Vaccination in Bombay 1874-1876 - 1874-1876
Year: 1874
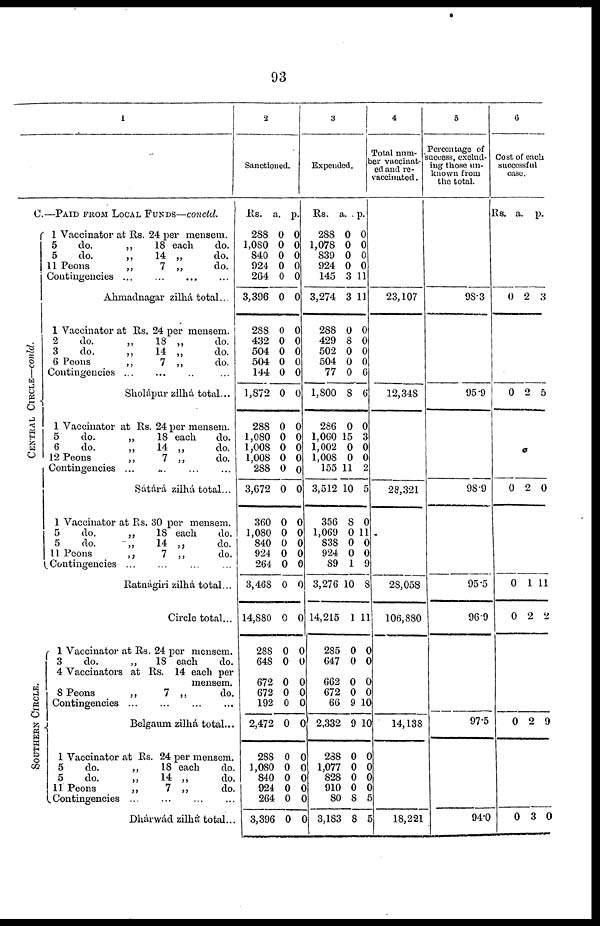
93
1
C.—PAID FROM LOCAL FUNDS—concld.
CENTRAL CIRCLE—conld.
SOUTHERN CIRCLE.
1 Vaccinator at Rs. 24 per mensem.
5
do.
„
18 each
do.
5
do.
„
14 „
do.
11 Peons
„
7 „
do.
Contingencies
...
...
...
...
Ahmadnagar zilhá total...
1 Vaccinator at Rs. 24 per mensem.
2
do.
„
18 „
do.
3
do.
„
14 „
do.
6 Peons
„
7 „
do.
Contingencies ... ... ... ...
Sholápur zilhá total...
1 Vaccinator at Rs. 24 per mensem.
5
do.
„
18 each
do.
6
do.
„
14 „
do.
12 Peons
„
7 „
do.
Contingencies ... ... ...
Sátárá zilhá total...
1 Vaccinator at Rs. 30 per mensem.
5
do.
„
18 each
do.
5
do.
„
14 „
do.
11 Peons
„
7 „
do.
Contingencies... ... ... ...
Ratnágiri zilhá total...
Circle total...
1 Vaccinator at Rs. 24 per mensem.
3
do.
„
18 each
do.
4 Vaccinators at Rs. 14 each per
mensem.
8 Peons
„
7 „
do.
Contingencies...
...
...
...
Belgaun zilhá total...
1 Vaccinator at Rs. 24 per mensem.
5
do.
„
18 each
do.
5
do.
„
14 „
do.
11 Peons
„
7 „
do.
Contingencies...
...
...
...
Dhárwád zilhá total...
2
Sanctioned.
Rs.
288
1,080
840
924
264
3,396
288
432
504
504
144
1,872
288
1,080
1,008
1,008
288
3,672
360
1,080
840
924
264
3,468
14,880
288
648
672
672
192
2,472
288
1,080
840
924
264
3,396
a.
0
0
0
0
0
0
0
0
0
0
0
0
0
0
0
0
0
0
0
0
0
0
0
0
0
0
0
0
0
0
0
0
0
0
0
0
0
p.
0
0
0
0 0
0
0
0
0
0
0
0
0
0
0
0
0
0
0
0
0
0
0
0
0
0
0
0
0
0
0
0
0
0
0
0
0
3
Expended.
Rs.
288
1,078
839
924
145
3,274
288
429
502
504
77
1,800
286
1,060
1,002
1,008
155
3,512
356
1,069
838
924
89
3,276
14,215
285
647
662
672
66
2,332
288
1,077
828
910
80
3,183
a.
0
0
0
0
3
3
0
8
0
0
0
8
0
15
0
0
11
10
8
0
0
0
1
10
1
0
0
0
0
9
9
0
0
0
0
8
8
p.
0
0
0
0
11
11
0
0
0
0
6
6
0
3
0
0
2
5
0
11
0
0
9
8
11
0
0
0
0
10
10
0
0
0
0
5
5
4
Total num¬
ber vaccinat¬
ed and re¬
accinated.
23,107
12,348
28,321
28,058
106,880
14,138
18,221
5
Percentage of
success, exclud-
ing those un-
known from
the total.
98.3
95.9
98.9
95.5
96.9
97.5
94.0
6
Cost of each
successful
case.
Rs.
a. p.
0 2 3
0 2 5
0 2 0
0
0
1
2
11
2
0 2 9
0 3 0